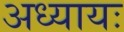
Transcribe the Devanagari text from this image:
अध्यायः